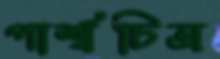
পার্শ্বচিত্র